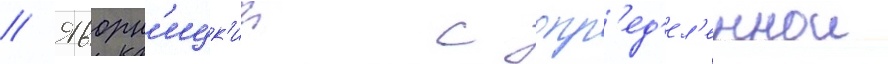
// Яворн'ицк'ии с опр'ед'ел'еннои